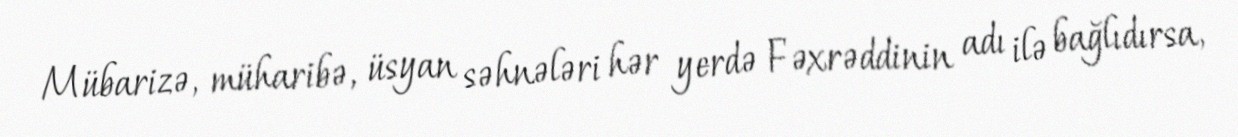
Mübarizə, müharibə, üsyan səhnələri hər yerdə Fəxrəddinin adı ilə bağlıdırsa,